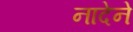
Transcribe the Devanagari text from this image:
नादेने